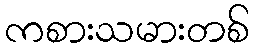
ကစားသမားတစ်